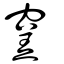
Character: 窯